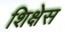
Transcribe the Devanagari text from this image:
शिक्षेस